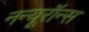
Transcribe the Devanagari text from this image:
नन्यूरॉन्स